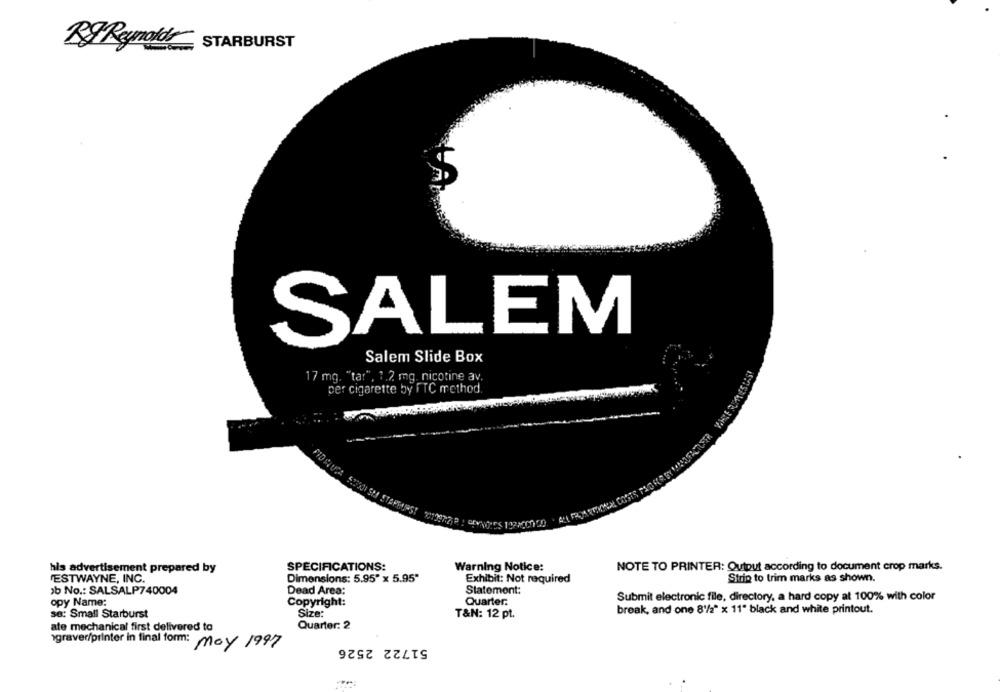
Bg Reynolds
STARBURST
SALEM
Salem Slide Box
17 mg. "tar", 1.2 mg. nicotine av.
per cigarette by FTC method.
MIDAUSA
his advertisement prepared by
SPECIFICATIONS:
Warning Notice:
NOTE TO PRINTER: Output according to document crop marks.
ESTWAYNE, INC.
Dimensions: 5.95" x 5.95"
Exhibit: Not required
Strip to trim marks as shown.
1b No .: SALSALP740004
Dead Area:
Statement:
opy Name:
Copyright:
Quarter.
Submit electronic file, directory, a hard copy at 100% with color
se: Small Starburst
Size:
T&N: 12 pt.
break, and one 8/2" x 11" black and white printout.
ate mechanical first delivered to
Quarter: 2
igraver/printer in final form:
51722 2526
May 1997